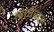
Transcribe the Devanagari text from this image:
त्याचेबद्दल